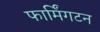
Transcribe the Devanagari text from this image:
फार्मिंगटन